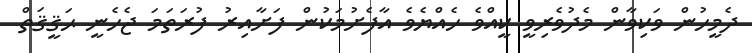
ދެމީހުން ވަކިވާން މެދުވެރިވީ ކީއްވެ ހެއްޔެވެ އާފެށުމަކުން ފަށާއިރު ފުރަތަމަ ޖެހެނީ ޙަޤީޤަތް